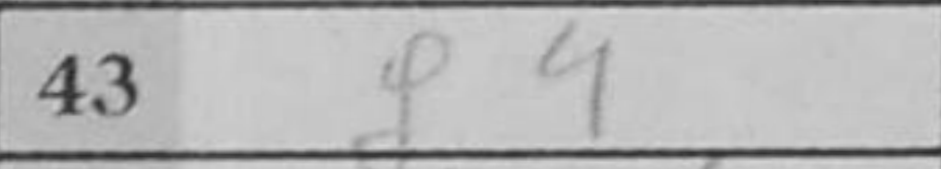
Transcription: g4